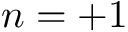
n = + 1